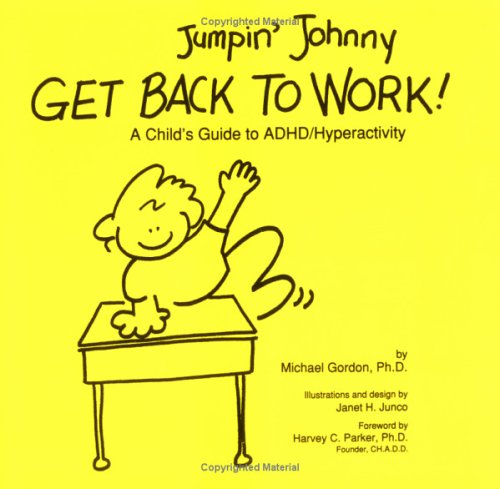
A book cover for Jumpin' Johnny Get Back to Work! : A Child's Guide to ADHD/Hyperactivity; Michael Gordon Ph.D.; Parenting & Relationships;